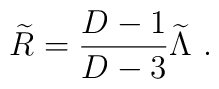
{\widetilde R}={{D-1}\over{D-3}}{\widetilde\Lambda}~.